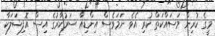
މީގެ ކުރިން މަސައްކަތް ކުރި އެވެ. ނަމަވެސް އިންޑިއާ ސަރުކާރުގެ އިސް އޮފިޝަލަކާ